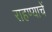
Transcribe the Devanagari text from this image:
राहण्याचें